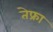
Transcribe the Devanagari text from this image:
तेफ्रा